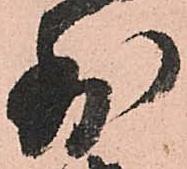
到